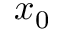
x _ { 0 }